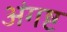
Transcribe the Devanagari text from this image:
अंगष्ट